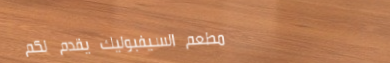
مطعم السيفبوليك يقدم لكم